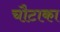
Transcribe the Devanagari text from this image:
चौटाका